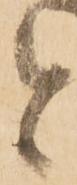
と